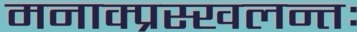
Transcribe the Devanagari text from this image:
मनाक्प्रस्खलन्तः